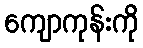
ကျောကုန်းကို